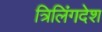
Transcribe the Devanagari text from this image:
त्रिलिंगदेश